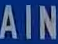
AIN